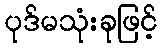
ပုဒ်မသုံးခုဖြင့်